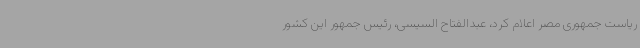
ریاست جمهوری مصر اعلام کرد، عبدالفتاح السیسی، رئیس جمهور این کشور